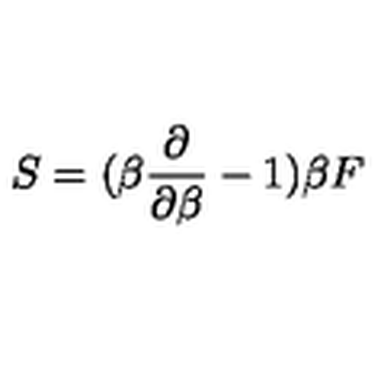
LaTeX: S = ( \beta { \frac { \partial } { \partial \beta } } - 1 ) \beta F